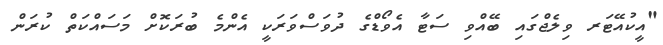
"އީކުއޭޓަރ ވިލެޖްގައި ބޭއްވި ސަޓާ އެވޯޑްގެ ދުވަސްވަރަކީ އެންމެ ބުރަކޮށް މަސައްކަތް ކުރަން